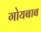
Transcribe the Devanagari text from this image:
गोयबाब